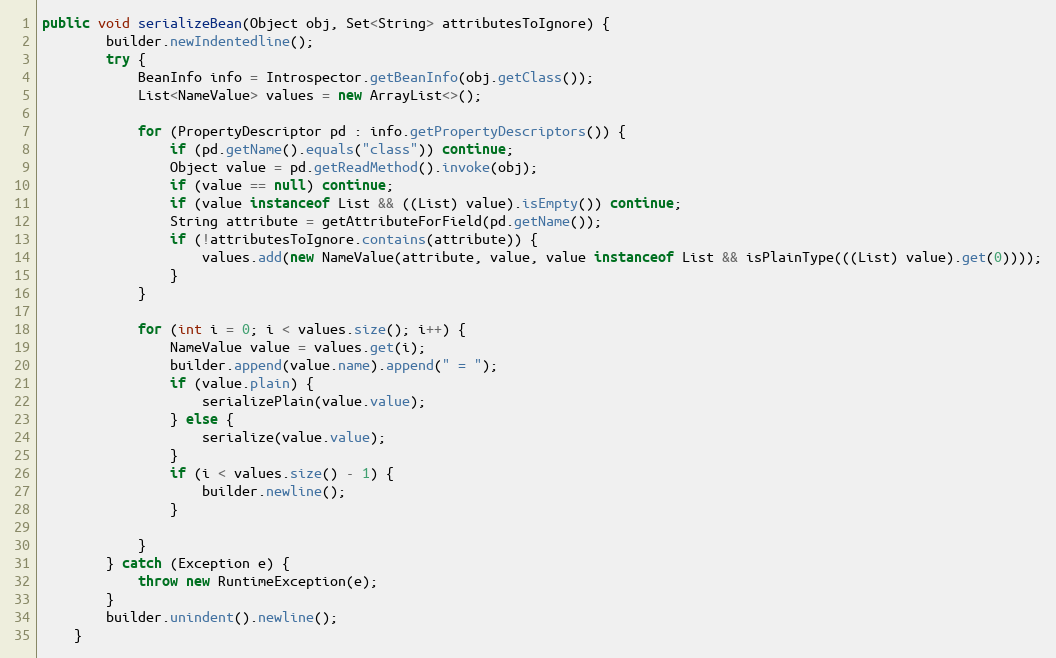
Language: Java
public void serializeBean(Object obj, Set<String> attributesToIgnore) {
        builder.newIndentedline();
        try {
            BeanInfo info = Introspector.getBeanInfo(obj.getClass());
            List<NameValue> values = new ArrayList<>();

            for (PropertyDescriptor pd : info.getPropertyDescriptors()) {
                if (pd.getName().equals("class")) continue;
                Object value = pd.getReadMethod().invoke(obj);
                if (value == null) continue;
                if (value instanceof List && ((List) value).isEmpty()) continue;
                String attribute = getAttributeForField(pd.getName());
                if (!attributesToIgnore.contains(attribute)) {
                    values.add(new NameValue(attribute, value, value instanceof List && isPlainType(((List) value).get(0))));
                }
            }

            for (int i = 0; i < values.size(); i++) {
                NameValue value = values.get(i);
                builder.append(value.name).append(" = ");
                if (value.plain) {
                    serializePlain(value.value);
                } else {
                    serialize(value.value);
                }
                if (i < values.size() - 1) {
                    builder.newline();
                }

            }
        } catch (Exception e) {
            throw new RuntimeException(e);
        }
        builder.unindent().newline();
    }